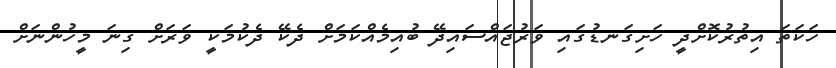
ހަކަތަ އިތުރުކޮށްދީ ހަށިގަނޑުގައި ވަރުޖައްސައިދޭ ބުއިމެއްކަމަށް ދެކޭ ދެކުމަކީ ވަރަށް ގިނަ މީހުންނަށް